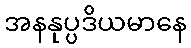
အနနုပ္ပဒိယမာနေ